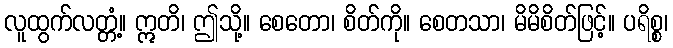
လူထွက်လတ္တံ့။ ဣတိ၊ ဤသို့။ စေတော၊ စိတ်ကို။ စေတသာ၊ မိမိစိတ်ဖြင့်။ ပရိစ္စ၊